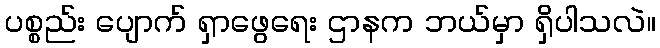
ပစ္စည်း ပျောက် ရှာဖွေရေး ဌာနက ဘယ်မှာ ရှိပါသလဲ။